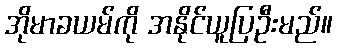
အိုမာခယမ်ကို အနိုင်ယူပြဦးမည်။